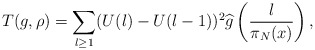
\begin{align*}T(g,\rho) = \sum_{l \geq 1}(U(l) - U(l-1))^2 \widehat{g}\left(\frac{l}{\pi_N(x)}\right),\end{align*}